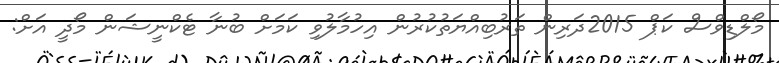
މޯލްޑިވްސް ކަޕް 2015ދަރިން ތަރުބިއްޔަތުކުރުން އިހުމާލުވި ކަމަށް ބުނާ ޓެކްނީޝަން މޯދީ އަށް: